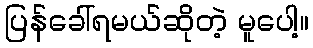
ပြန်ခေါ်ရမယ်ဆိုတဲ့ မူပေါ့။